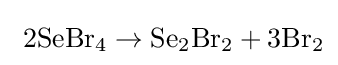
{\rm {\ 2SeBr_{4}\rightarrow Se_{2}Br_{2}+3Br_{2}}}